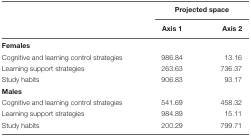
<table><thead><tr><td></td><td colspan="2"><b>Projected space</b></td></tr><tr><td></td><td><b>Axis 1</b></td><td><b>Axis 2</b></td></tr></thead><tbody><tr><td><b>Females</b></td><td></td><td></td></tr><tr><td>Cognitive and learning control strategies</td><td>986.84</td><td>13.16</td></tr><tr><td>Learning support strategies</td><td>263.63</td><td>736.37</td></tr><tr><td>Study habits</td><td>906.83</td><td>93.17</td></tr><tr><td><b>Males</b></td><td></td><td></td></tr><tr><td>Cognitive and learning control strategies</td><td>541.69</td><td>458.32</td></tr><tr><td>Learning support strategies</td><td>984.89</td><td>15.11</td></tr><tr><td>Study habits</td><td>200.29</td><td>799.71</td></tr></tbody></table>